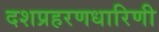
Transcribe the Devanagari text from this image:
दशप्रहरणधारिणी